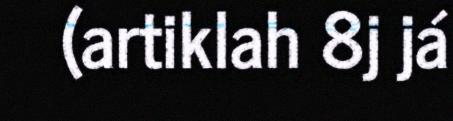
(artiklah 8j já